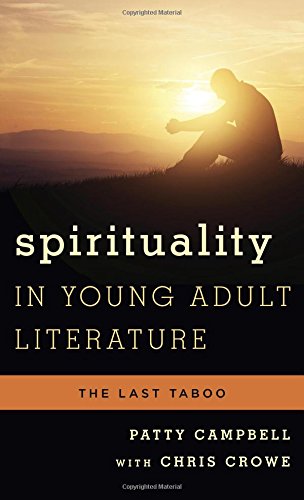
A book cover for Spirituality in Young Adult Literature: The Last Taboo (Studies in Young Adult Literature); Patty Campbell; Teen & Young Adult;